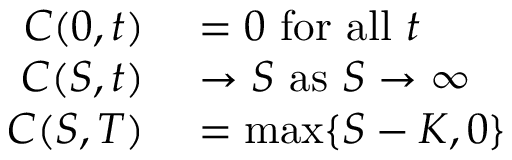
\begin{array} { r l } { C ( 0 , t ) } & { { } = 0 { \mathrm { ~ f o r ~ a l l ~ } } t } \\ { C ( S , t ) } & { { } \rightarrow S { \mathrm { ~ a s ~ } } S \rightarrow \infty } \\ { C ( S , T ) } & { { } = \operatorname* { m a x } \{ S - K , 0 \} } \end{array}